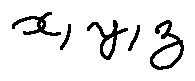
x , y , z